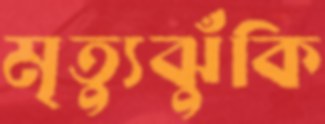
মৃত্যুঝুঁকি